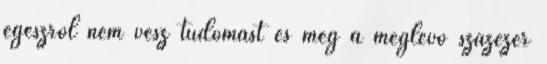
egészről nem vesz tudomást és még a meglévő százezer